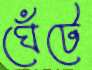
ঘেঁটে